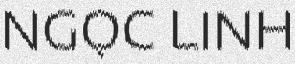
NGỌC LINH